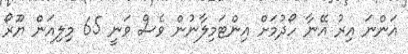
އަންނަ އިރު އޭނާ ހޯދުމަށް އިންޓަމިލާނުން ވެސް ވަނީ 65 މިލިއަން ޔޫރޯ